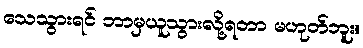
သေသွားရင် ဘာမှယူသွားလို့ရတာ မဟုတ်ဘူး။